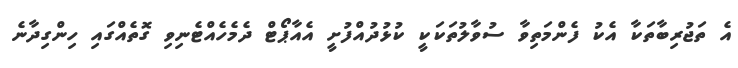
އެ ތަޖުރިބާތަކާ އެކު ފެންމަތިވާ ސުވާލުތަކަކީ ކުޅުދުއްފުށީ އެއާޕޯޓް ދެމެހެއްޓެނިވި ގޮތެއްގައި ހިންގިދާނެ